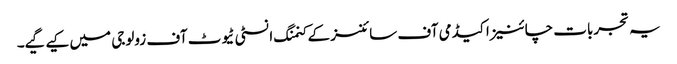
یہ تجربات چائنیز اکیڈمی آف سائنسز کے کنمنگ انسٹی ٹیوٹ آف زولوجی میں کیے گیے۔